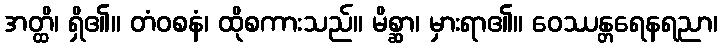
အတ္ထိ၊ ရှိ၏။ တံဝစနံ၊ ထိုစကားသည်။ မိစ္ဆာ၊ မှားရာ၏။ ဝေဿန္တရေနရညာ၊